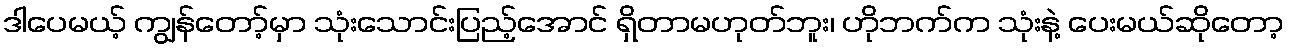
ဒါပေမယ့် ကျွန်တော့်မှာ သုံးသောင်းပြည့်အောင် ရှိတာမဟုတ်ဘူး၊ ဟိုဘက်က သုံးနဲ့ ပေးမယ်ဆိုတော့